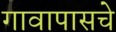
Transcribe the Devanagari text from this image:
गावापासचे